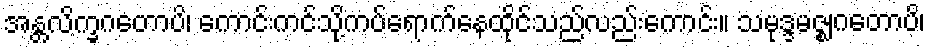
အန္တလိက္ခဂတောပိ၊ ကောင်းကင်သို့ကပ်ရောက်နေထိုင်သည်လည်းကောင်း။ သမုဒ္ဒမဇ္ဈဂတောပိ၊